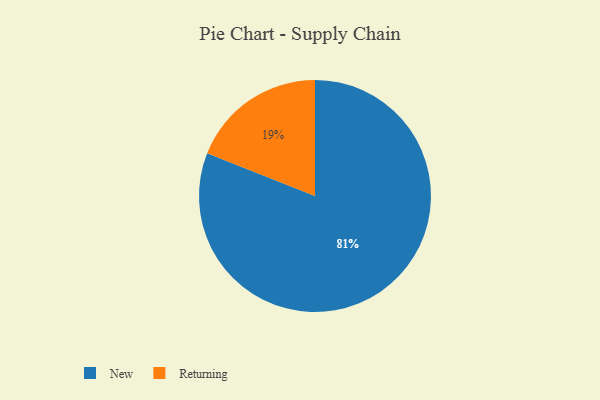
{"axis": {"x": "Category", "y": "Percentage"}, "legend": ["New", "Returning"], "data": [{"x": "Returning", "y": 19, "type": "Returning"}, {"x": "New", "y": 81, "type": "New"}]}